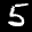
Label: 5